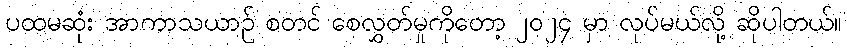
ပထမဆုံး အာကာသယာဉ် စတင် စေလွှတ်မှုကိုတော့ ၂၀၂၄ မှာ လုပ်မယ်လို့ ဆိုပါတယ်။